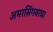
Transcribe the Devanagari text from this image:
अमरसिंगवरचा